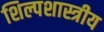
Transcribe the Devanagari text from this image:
शिल्पशास्त्रीय